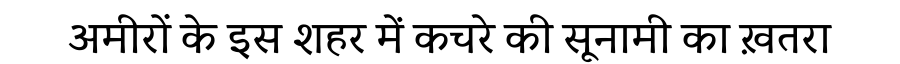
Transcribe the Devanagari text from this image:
अमीरों के इस शहर में कचरे की सूनामी का ख़तरा